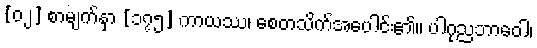
[၀၂] စာမျက်နှာ [၁၇၅] ကာယဿ၊ စေတသိက်အပေါင်း၏။ ပါဂုညဘာဝေါ၊